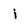
Character: i